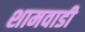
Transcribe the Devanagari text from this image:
शामवाडी